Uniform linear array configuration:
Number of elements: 4
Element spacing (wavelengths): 0.5
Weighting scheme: exponential
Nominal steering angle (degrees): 0
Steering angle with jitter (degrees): -1.448
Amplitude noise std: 0.05
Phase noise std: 0.05

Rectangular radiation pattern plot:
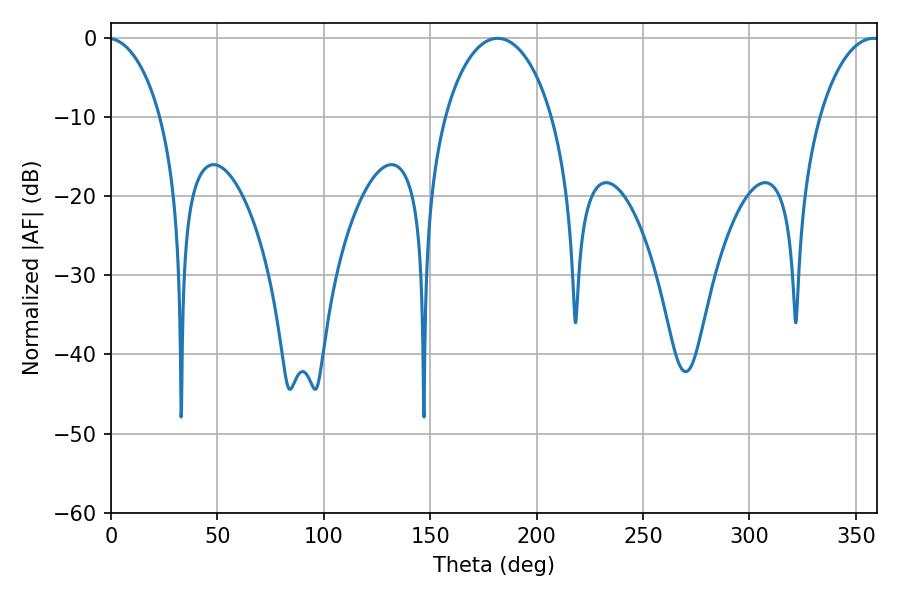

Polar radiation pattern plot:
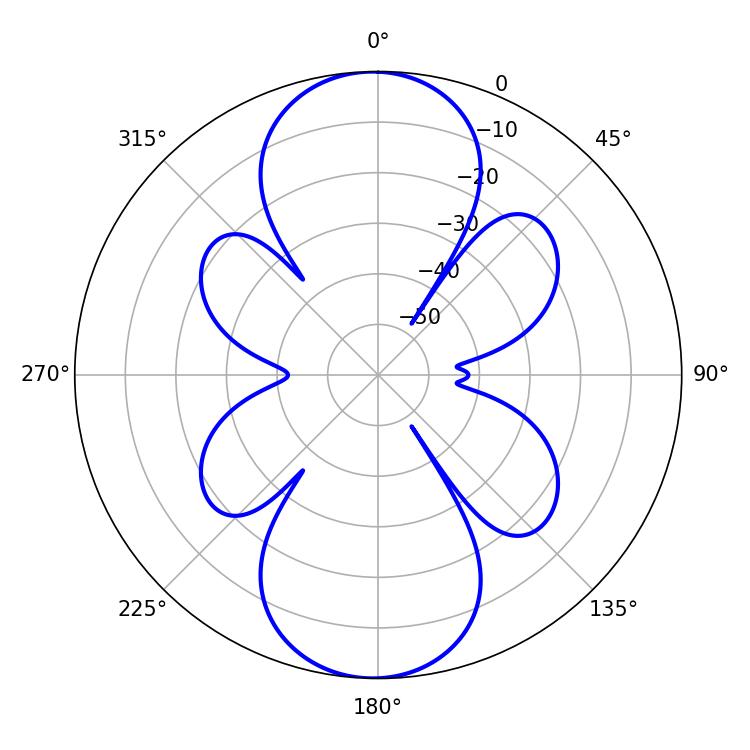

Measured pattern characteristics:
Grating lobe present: FALSE
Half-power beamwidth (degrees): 28.8
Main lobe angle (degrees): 181.62